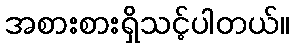
အစားစားရှိသင့်ပါတယ်။